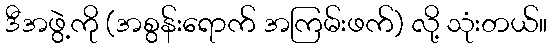
ဒီအဖွဲ့ကို (အစွန်းရောက် အကြမ်းဖက်) လို့ သုံးတယ်။